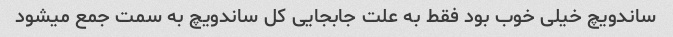
ساندویچ خیلی خوب بود فقط به علت جابجایی کل ساندویچ به سمت جمع میشود